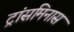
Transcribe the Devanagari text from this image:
ट्रांसमिनास